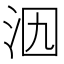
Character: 𣲶